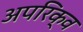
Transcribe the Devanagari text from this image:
अपरिक्व